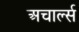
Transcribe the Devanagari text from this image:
अचार्ल्स